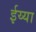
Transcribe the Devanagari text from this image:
ईय्या